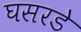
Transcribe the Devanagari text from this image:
घसरडे